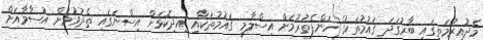
މެދުއިރުމަތީގައި ބާރުގަދަ ގައުމުތަކުގެ ހަންފެތުރުމަށް އިސްލާމީ ގައުމުތަކާއި އިދިކޮޅަށް އިސްނަގައި ތެދުވުމަށް އުސާމާއަށް